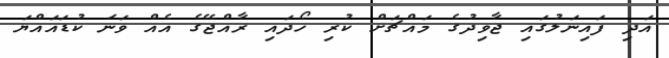
އަދި ފައިނަލުގައި ޖާވިދުގެ މައްޗަށް ކުރި ހޯދައި ރާއްޖޭގެ އެއް ވަނަ ކުޑައައްޔަ